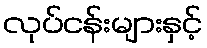
လုပ်ငန်းများနှင့်